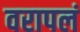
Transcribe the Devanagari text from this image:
वरापलं